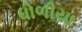
ધોળીયા